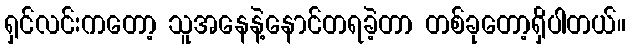
ရှင်လင်းကတော့ သူအနေနဲ့နောင်တရခဲ့တာ တစ်ခုတော့ရှိပါတယ်။